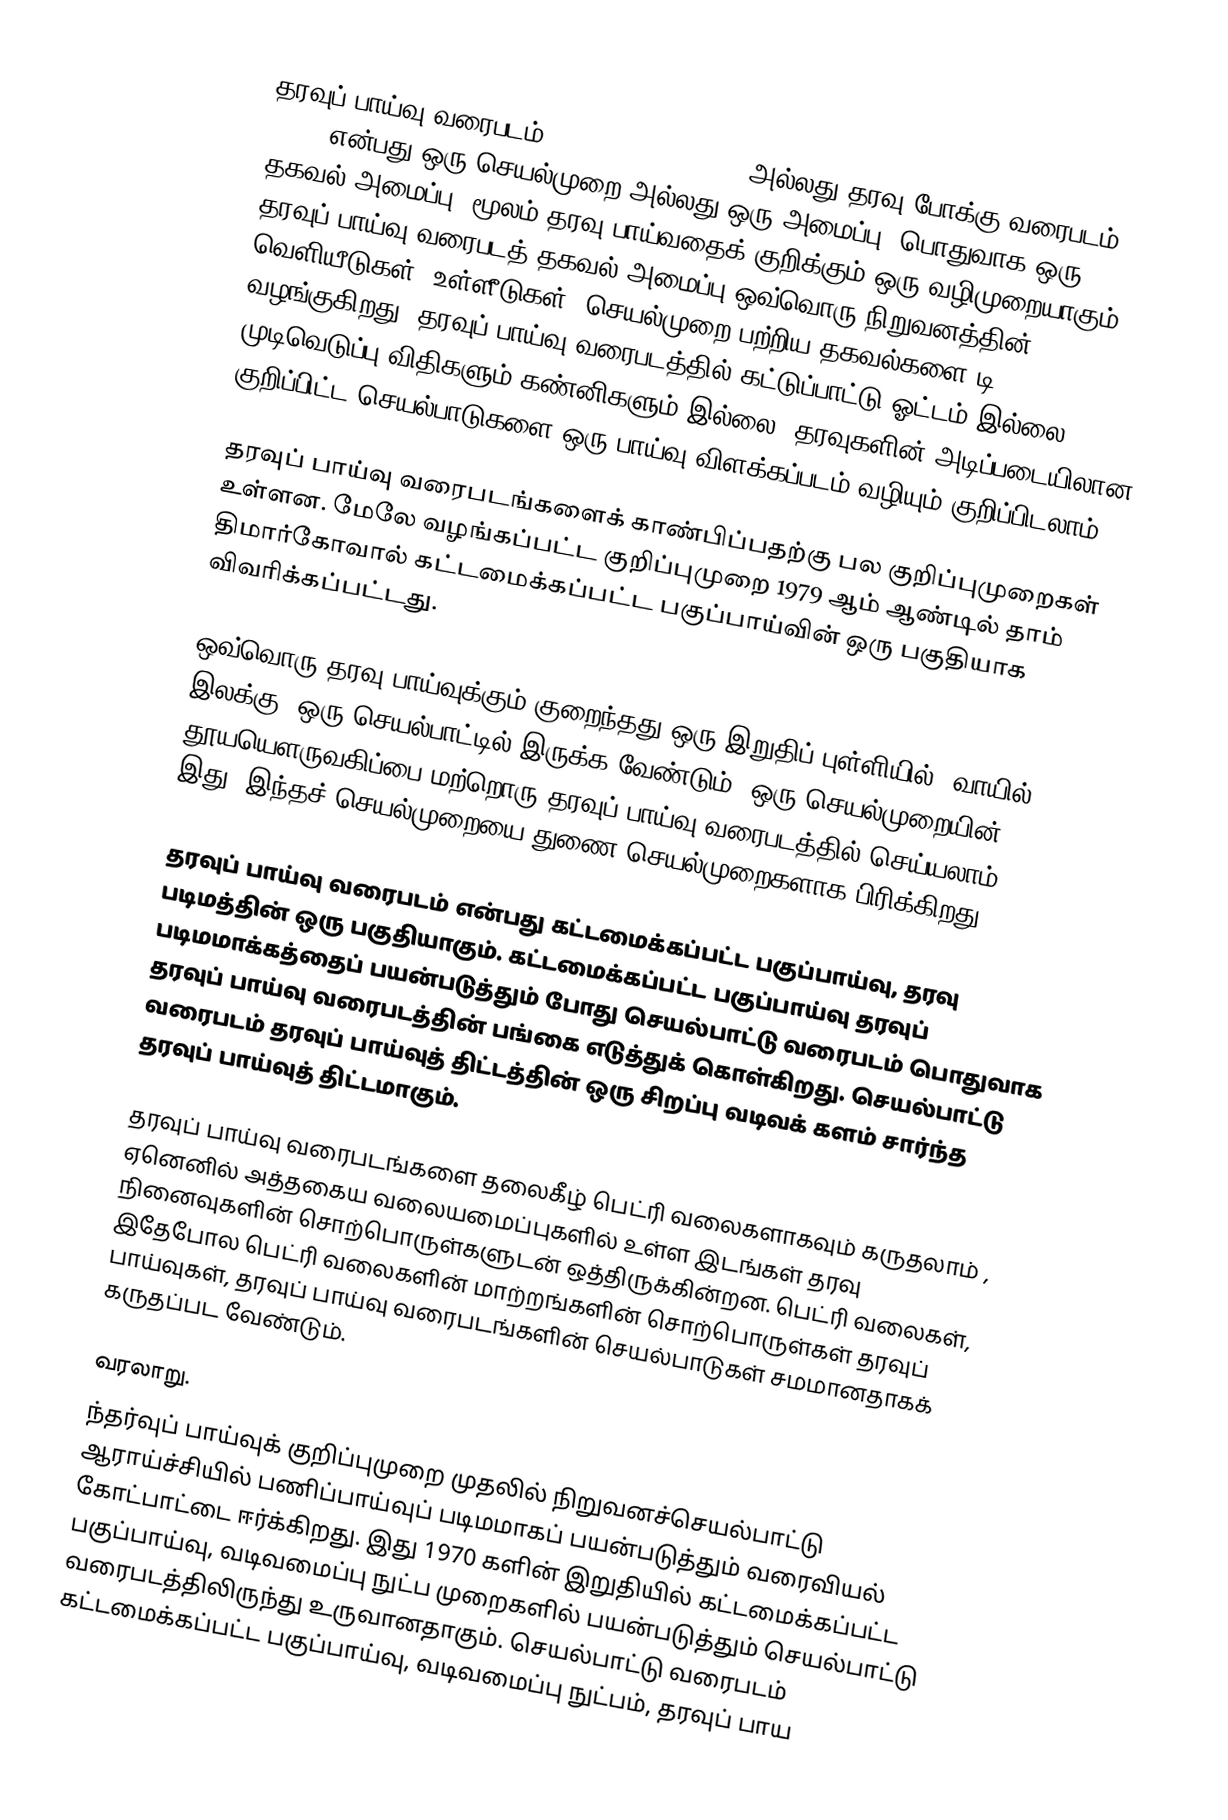
தரவுப் பாய்வு வரைபடம் (data-flow diagram) அல்லது தரவு போக்கு வரைபடம் (DFD) என்பது ஒரு செயல்முறை அல்லது ஒரு அமைப்பு (பொதுவாக ஒரு தகவல் அமைப்பு) மூலம் தரவு பாய்வதைக் குறிக்கும் ஒரு வழிமுறையாகும். தரவுப் பாய்வு வரைபடத் தகவல் அமைப்பு ஒவ்வொரு நிறுவனத்தின் வெளியீடுகள், உள்ளீடுகள், செயல்முறை பற்றிய தகவல்களை டி வழங்குகிறது. தரவுப் பாய்வு வரைபடத்தில் கட்டுப்பாட்டு ஓட்டம் இல்லை. முடிவெடுப்பு விதிகளும் கண்னிகளும் இல்லை. தரவுகளின் அடிப்படையிலான குறிப்பிட்ட செயல்பாடுகளை ஒரு பாய்வு விளக்கப்படம் வழியும் குறிப்பிடலாம்.

தரவுப் பாய்வு வரைபடங்களைக் காண்பிப்பதற்கு பல குறிப்புமுறைகள் உள்ளன. மேலே வழங்கப்பட்ட குறிப்புமுறை 1979 ஆம் ஆண்டில் தாம் திமார்கோவால் கட்டமைக்கப்பட்ட பகுப்பாய்வின் ஒரு பகுதியாக விவரிக்கப்பட்டது.

ஒவ்வொரு தரவு பாய்வுக்கும் குறைந்தது ஒரு இறுதிப் புள்ளியில் (வாயில் /  இலக்கு) ஒரு செயல்பாட்டில் இருக்க வேண்டும். ஒரு செயல்முறையின்  தூயயௌருவகிப்பை மற்றொரு தரவுப் பாய்வு வரைபடத்தில் செய்யலாம் , இது, இந்தச் செயல்முறையை துணை செயல்முறைகளாக பிரிக்கிறது.

தரவுப் பாய்வு வரைபடம் என்பது கட்டமைக்கப்பட்ட பகுப்பாய்வு, தரவு  படிமத்தின் ஒரு பகுதியாகும். கட்டமைக்கப்பட்ட பகுப்பாய்வு தரவுப் படிமமாக்கத்தைப்  பயன்படுத்தும் போது செயல்பாட்டு வரைபடம் பொதுவாக தரவுப் பாய்வு வரைபடத்தின் பங்கை எடுத்துக் கொள்கிறது. செயல்பாட்டு வரைபடம் தரவுப் பாய்வுத் திட்டத்தின் ஒரு சிறப்பு வடிவக் களம் சார்ந்த தரவுப் பாய்வுத் திட்டமாகும்.

தரவுப் பாய்வு வரைபடங்களை தலைகீழ் பெட்ரி வலைகளாகவும் கருதலாம் , ஏனெனில் அத்தகைய வலையமைப்புகளில் உள்ள இடங்கள் தரவு நினைவுகளின் சொற்பொருள்களுடன் ஒத்திருக்கின்றன. பெட்ரி வலைகள், இதேபோல பெட்ரி வலைகளின் மாற்றங்களின் சொற்பொருள்கள்  தரவுப் பாய்வுகள், தரவுப் பாய்வு வரைபடங்களின் செயல்பாடுகள் சமமானதாகக் கருதப்பட வேண்டும்.

வரலாறு.
ந்தர்வுப் பாய்வுக் குறிப்புமுறை முதலில் நிறுவனச்செயல்பாட்டு ஆராய்ச்சியில்  பணிப்பாய்வுப் படிமமாகப் பயன்படுத்தும் வரைவியல் கோட்பாட்டை ஈர்க்கிறது.  இது 1970 களின் இறுதியில் கட்டமைக்கப்பட்ட பகுப்பாய்வு,  வடிவமைப்பு நுட்ப முறைகளில் பயன்படுத்தும் செயல்பாட்டு வரைபடத்திலிருந்து உருவானதாகும். செயல்பாட்டு வரைபடம் கட்டமைக்கப்பட்ட பகுப்பாய்வு, வடிவமைப்பு நுட்பம்,  தரவுப் பாய